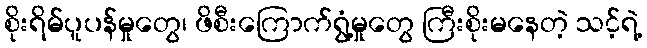
စိုးရိမ်ပူပန်မှုတွေ၊ ဖိစီးကြောက်ရွံ့မှုတွေ ကြီးစိုးမနေတဲ့ သင့်ရဲ့